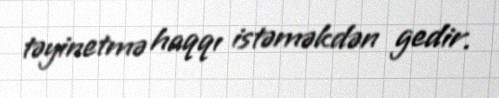
təyinetmə haqqı istəməkdən gedir.